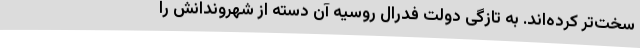
سخت‌تر کرده‌اند. به تازگی دولت فدرال روسیه آن دسته از شهروندانش را